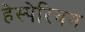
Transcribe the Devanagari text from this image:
हेस्पेरियम